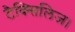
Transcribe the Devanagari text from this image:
टैक्सिलिज।